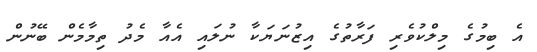
އެ ބިމުގެ މިލްކުވެރި ފަރާތުގެ އިޒުނަޔަކާ ނުލައި އެއާ މެދު ތިމާމެން ބޭނުން